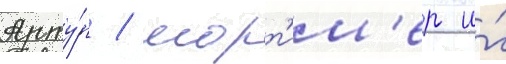
Арту́р / морт'им'ер и́